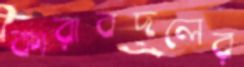
কারাবদলের